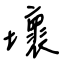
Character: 壞